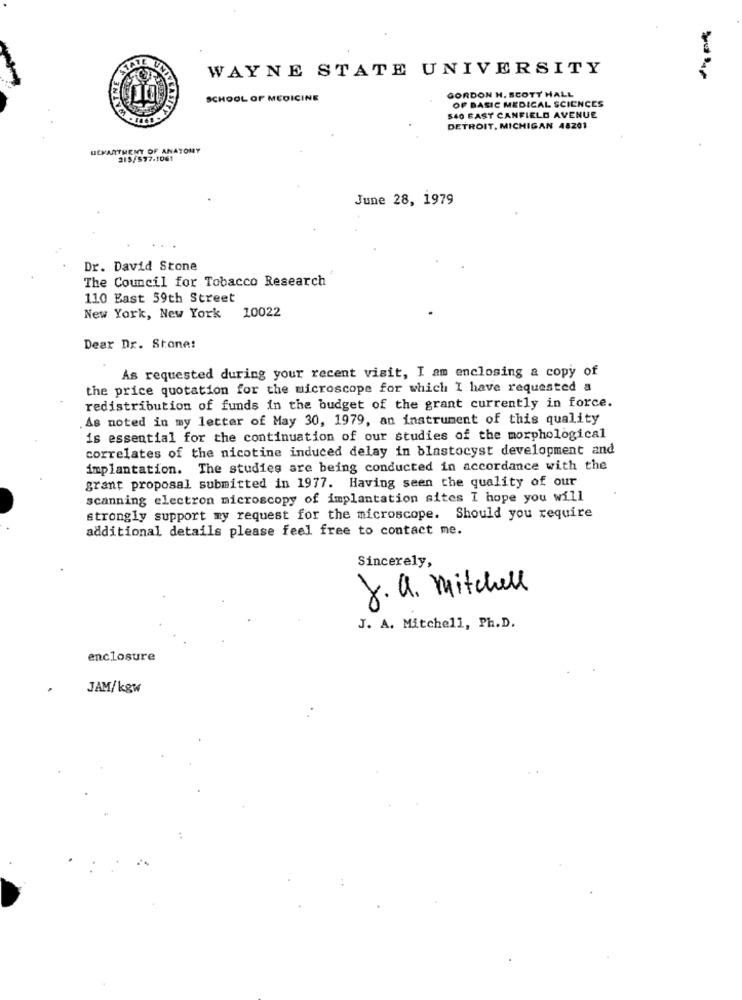
WAYNE STATE UNIVERSITY
GORDON H. SCOTT HALL
SCHOOL OF MEDICINE
OF BASIC MEDICAL SCIENCES
540 BAST CANFIELD AVENUE
DETROIT, MICHIGAN 48201
DEPARTMENT OF ANATOMY
315/577.1061
June 28, 1979
Dr. David Stone
The Council for Tobacco Research
110 Bast 59th Street
10022
New York, New York
Dear Dr. Stone:
As requested during your recent visit, I am enclosing a copy of
the price quotation for the microscope for which I have requested a
redistribution of funds in the budget of the grant currently in force.
.As noted in my letter of May 30, 1979, an instrument of this quality
is essential for the continuation of our studies of the morphological
correlates of the nicotine induced delay in blastocyst development and
implantation. The studies are being conducted in accordance with the
grant proposal submitted in 1977. Having seen the quality of our
scanning electron microscopy of implantation sites I hope you will
strongly support my request for the microscope. Should you require
additional details please feel free to contact me.
Sincerely,
J. a. mitchell
J. A. Mitchell, Ph.D.
enclosure
JAM/kgw